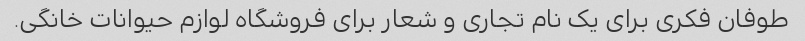
طوفان فکری برای یک نام تجاری و شعار برای فروشگاه لوازم حیوانات خانگی.